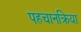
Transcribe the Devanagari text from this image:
पहचानक्रिया